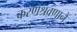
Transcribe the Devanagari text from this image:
करणश्रवणाने